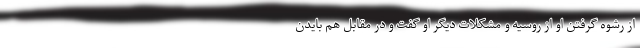
از رشوه گرفتن او از روسیه و مشکلات دیگر او گفت و در مقابل هم بایدن